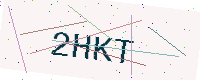
Text: 2HKT